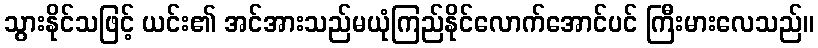
သွားနိုင်သဖြင့် ယင်း၏ အင်အားသည်မယုံကြည်နိုင်လောက်အောင်ပင် ကြီးမားလေသည်။